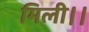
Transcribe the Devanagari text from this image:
मिली।।